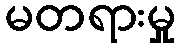
မတရားမှု